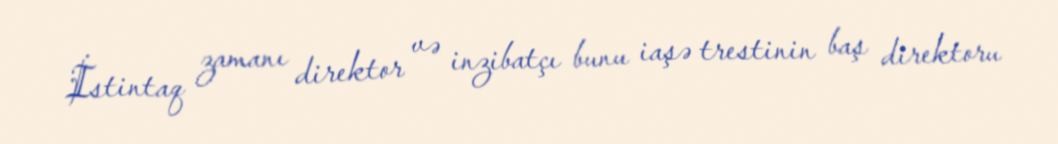
İstintaq zamanı direktor və inzibatçı bunu iaşə trestinin baş direktoru